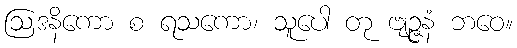
ဩဒနိကော စ ရသကော၊ သူပေါ တု ဗျဉ္ဇနံ ဘဝေ။